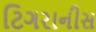
ટિગરાનીસ